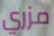
مزري